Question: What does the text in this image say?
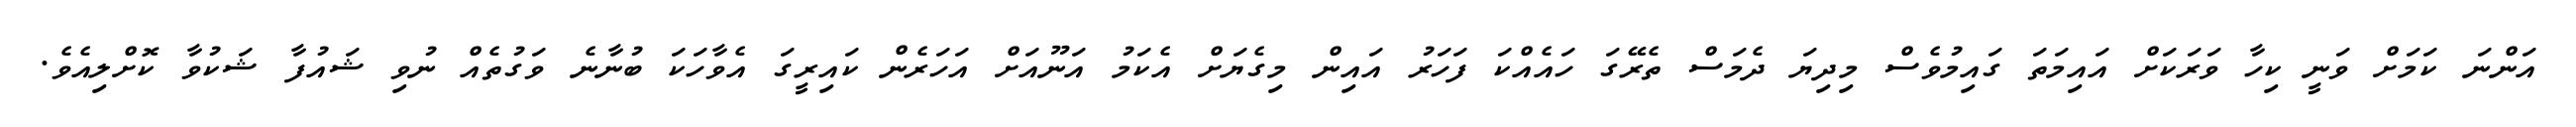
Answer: އަންނަ ކަމަށް ވަނީ ކިހާ ވަރަކަށް އައިމަތަ ގައިމުވެސް މިދިޔަ ދެމަސް ތެރޭގަ ހައެއްކަ ފަހަރު އައިން މިގެޔަށް އެކަމު އަނޫއަށް އަހަރެން ކައިރީގަ އެވާހަކަ ބުނާނެ ވަގުތެއް ނުވި ޝައުފާ ޝަކުވާ ކޮށްލިއެވެ.